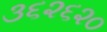
૩૬૨૬૨૦